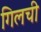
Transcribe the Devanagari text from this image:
गिलची